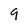
Character: 9